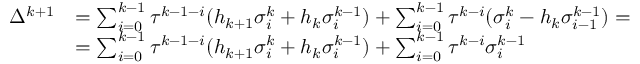
\begin{array} { r l } { \Delta ^ { k + 1 } } & { = \sum _ { i = 0 } ^ { k - 1 } \tau ^ { k - 1 - i } ( h _ { k + 1 } \sigma _ { i } ^ { k } + h _ { k } \sigma _ { i } ^ { k - 1 } ) + \sum _ { i = 0 } ^ { k - 1 } \tau ^ { k - i } ( \sigma _ { i } ^ { k } - h _ { k } \sigma _ { i - 1 } ^ { k - 1 } ) = } \\ & { = \sum _ { i = 0 } ^ { k - 1 } \tau ^ { k - 1 - i } ( h _ { k + 1 } \sigma _ { i } ^ { k } + h _ { k } \sigma _ { i } ^ { k - 1 } ) + \sum _ { i = 0 } ^ { k - 1 } \tau ^ { k - i } \sigma _ { i } ^ { k - 1 } } \end{array}